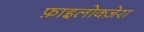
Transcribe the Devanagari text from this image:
फ़ाइलोक्ज़ेरा